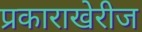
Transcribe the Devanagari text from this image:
प्रकाराखेरीज